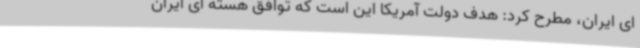
ای ایران، مطرح کرد: هدف دولت آمریکا این است که توافق هسته ای ایران